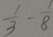
\frac { 1 } { 3 } - \frac { 1 } { 8 }